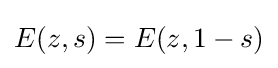
E(z,s)=E(z,1-s)